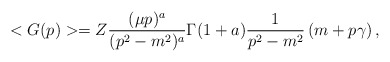
\begin{align*}<G(p)> = Z \frac{(\mu p)^a}{(p^2-m^2)^a} \Gamma(1+a) \frac{1}{p^2-m^2}\left( m + p\gamma \right),\end{align*}